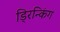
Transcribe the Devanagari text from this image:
ड्रिन्किंग